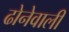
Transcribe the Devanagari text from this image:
ढोनेवाली